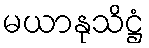
မယာနုသိဋ္ဌံ